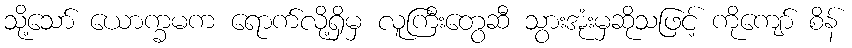
သို့သော် ယောက္ခမက ရောက်လို့ရှိမှ လူကြီးတွေဆီ သွားအုံးမှဆိုသဖြင့် ကိုကျော် စိန်